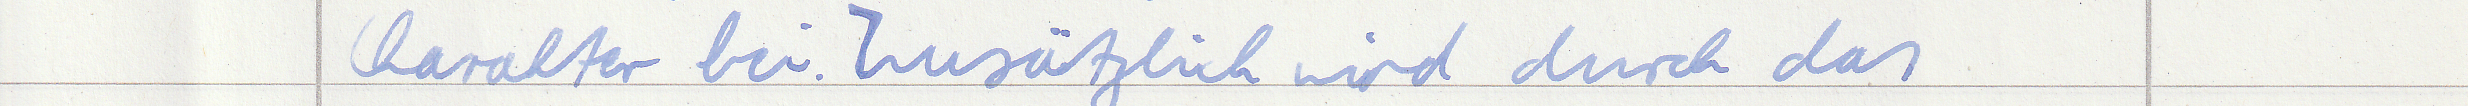
Charakter bei. Zusätzlich wird duch das